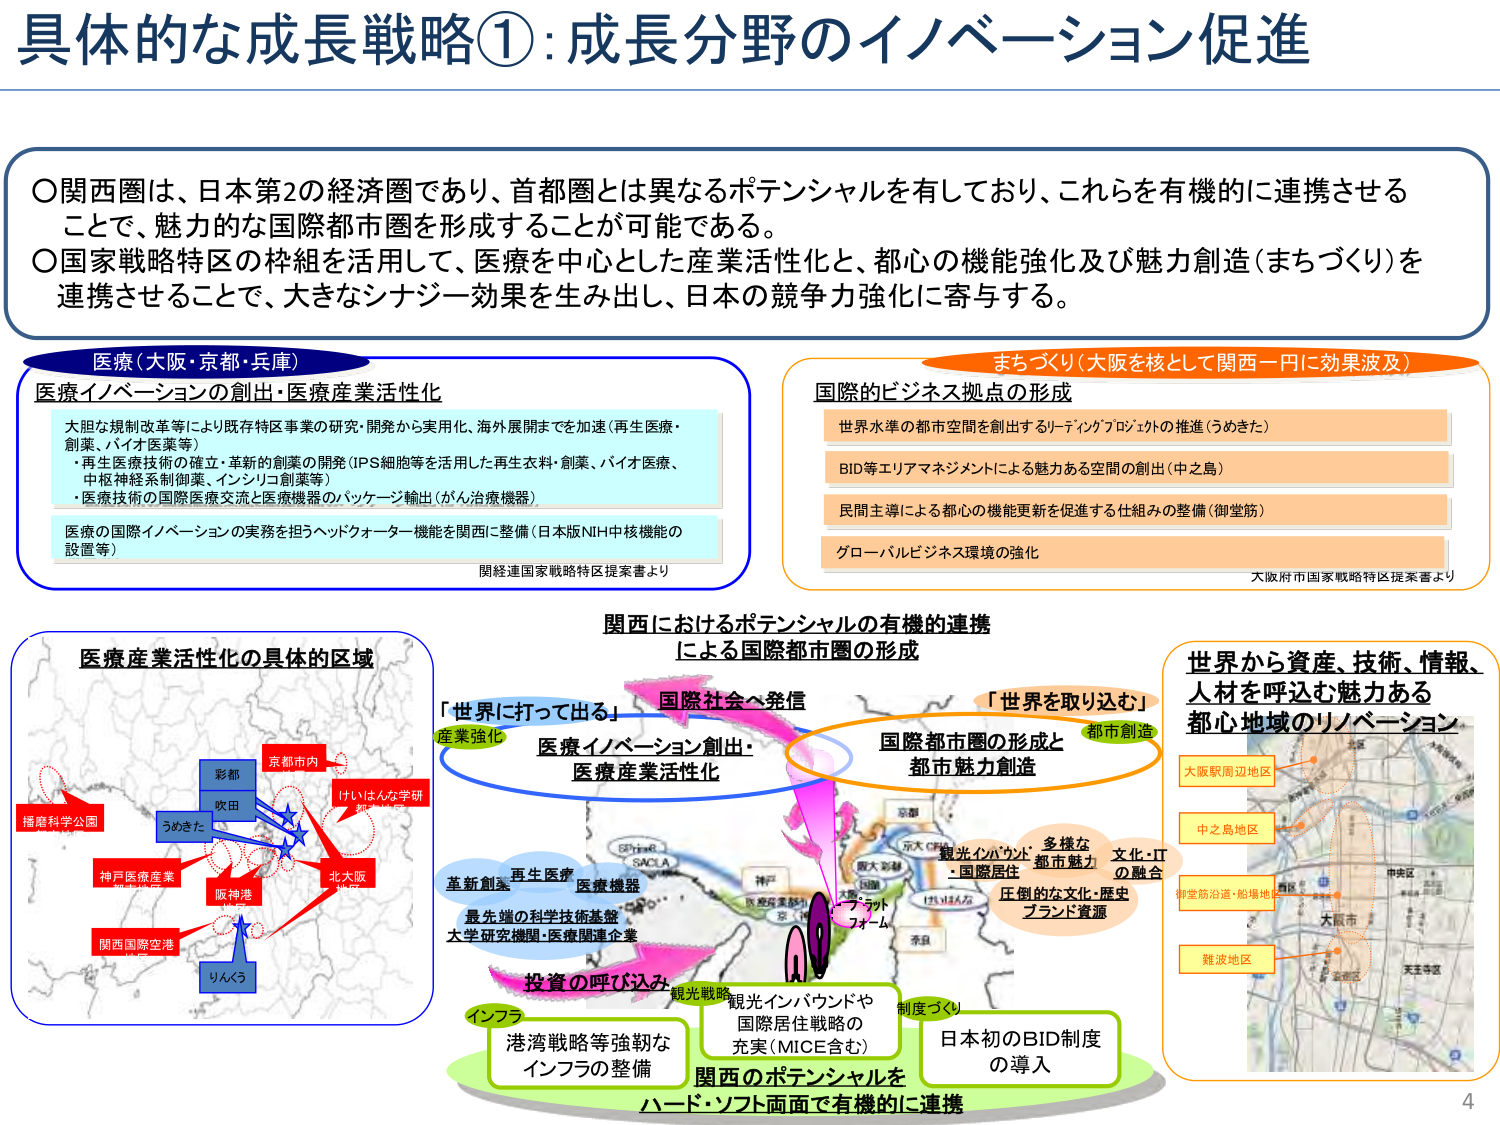
具体的な成長戦略①：成長分野のイノベーション促進

〇関西圏は、日本第2の経済圏であり、首都圏とは異なるポテンシャルを有しており、これらを有機的に連携させることで、魅力的な国際都市圏を形成することが可能である。
〇国家戦略特区の枠組を活用して、医療を中心とした産業活性化と、都心の機能強化及び魅力創造（まちづくり）を連携させることで、大きなシナジー効果を生み出し、日本の競争力強化に寄与する。

医療（大阪・京都・兵庫）
医療イノベーションの創出・医療産業活性化
大胆な規制改革等により既存特区事業の研究・開発から実用化、海外展開までを加速（再生医療・創薬、バイオ医薬等）
・再生医療技術の確立・革新的創薬の開発（iPS細胞等を活用した再生衣料・創薬、バイオ医療、中枢神経系制御薬、インシリコ創薬等）
・医療技術の国際医療交流と医療機器のパッケージ輸出（がん治療機器）
医療の国際イノベーションの実務を担うヘッドクォーター機能を関西に整備（日本版NIH中核機能の設置等）
関経連国家戦略特区提案書より

まちづくり（大阪を核として関西一円に効果波及）
国際的ビジネス拠点の形成
世界水準の都市空間を創出するリーディングプロジェクトの推進（うめきた）
BID等エリアマネジメントによる魅力ある空間の創出（中之島）
民間主導による都心の機能更新を促進する仕組みの整備（御堂筋）
グローバルビジネス環境の強化
大阪府市国家戦略特区提案書より

医療産業活性化の具体的区域
播磨科学公園
京都市内
彩都
吹田
うめきた
けいはんな学研
神戸医療産業
阪神港
北大阪
関西国際空港
りんくう

関西におけるポテンシャルの有機的連携による国際都市圏の形成
「世界に打って出る」
産業強化
医療イノベーション創出・医療産業活性化
再生医療
革新創薬
医療機器
最先端の科学技術基盤
大学研究機関・医療関連企業
投資の呼び込み
インフラ
港湾戦略等強靭なインフラの整備
観光戦略
観光インバウンドや国際居住戦略の充実（MICE含む）
制度づくり
日本初のBID制度の導入
国際社会へ発信
「世界を取り込む」
都市創造
国際都市圏の形成と都市魅力創造
観光インバウンド・国際居住
多様な都市魅力
文化・ITの融合
圧倒的な文化・歴史ブランド資源
関西のポテンシャルをハード・ソフト両面で有機的に連携

世界から資産、技術、情報、人材を呼込む魅力ある都心地域のリノベーション
大阪駅周辺地区
中之島地区
御堂筋沿道・船場地区
難波地区

4